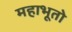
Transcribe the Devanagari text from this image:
महाभूतो